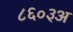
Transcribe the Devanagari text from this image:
८६०३अ